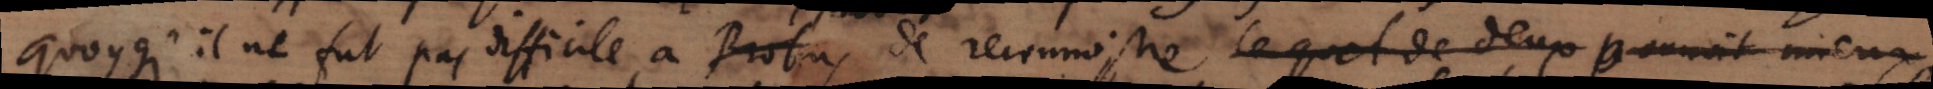
quoyqu’Il ne fut pas difficile à Probus de reconnoistre lequel de deux pourroit mieux